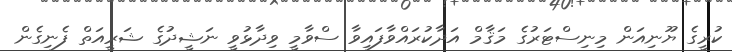
ކުރީގެ ޔޫނިއަން މިނިސްޓަރުގެ މަޤާމް އަދާކުރައްވާފައިވާ ސްވާމީ ވިދާޅުވީ ނަޝީދުގެ ޝަރީއަތް ފެނިގެން